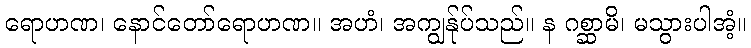
ရောဟဏ၊ နောင်တော်ရောဟဏ။ အဟံ၊ အကျွန်ုပ်သည်။ န ဂစ္ဆာမိ၊ မသွားပါအံ့။